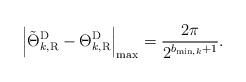
LaTeX: \begin{align*} {{{{\left| {\tilde \Theta _{{k,{\rm{R}}}}^{\rm{D}} - \Theta _{{k,{\rm{R}}}}^{\rm{D}}} \right|}_{\max }}}} = \frac{{2\pi }}{{ {2^{{b_{\min ,k}}+1}}}}.\end{align*}